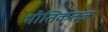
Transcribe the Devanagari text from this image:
भौतिकतज्ञ